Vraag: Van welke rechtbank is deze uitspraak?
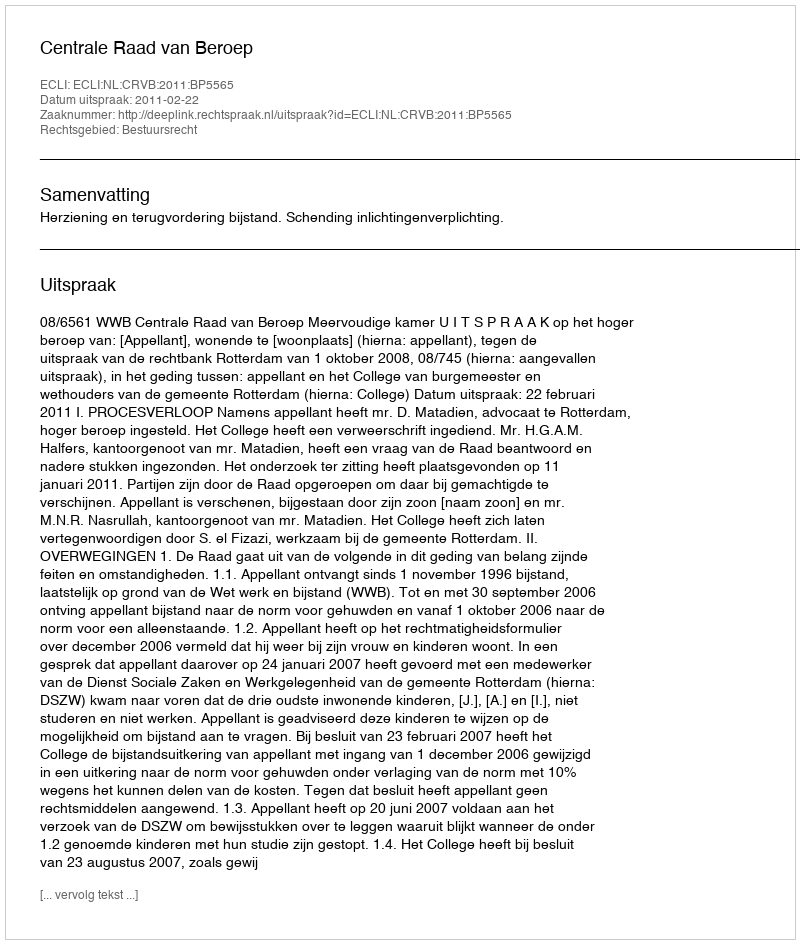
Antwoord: Centrale Raad van Beroep